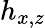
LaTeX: h_{x,z}